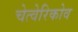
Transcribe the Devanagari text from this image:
चेत्वेरिकोव